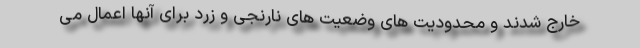
خارج شدند و محدودیت های وضعیت های نارنجی و زرد برای آنها اعمال می